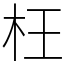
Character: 枉